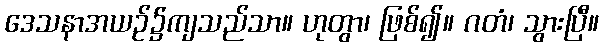
ဒေသနာအယဉ်၌ကျသည်သာ။ ဟုတွာ၊ ဖြစ်၍။ ဂတံ၊ သွားပြီ။